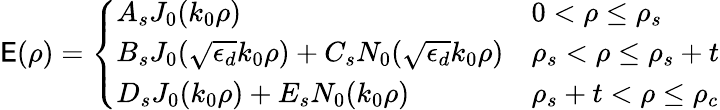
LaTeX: \mathsf{E}(\rho)=\left\{ \begin{array}{ll}{A_{s}J_{0}(k_{0}\rho)}&{0<\rho\leq\rho_{s}}\\ {B_{s}J_{0}(\sqrt{\epsilon_{d}}k_{0}\rho)+C_{s}N_{0}(\sqrt{\epsilon_{d}}k_{0}\rho)}&{\rho_{s}<\rho\leq\rho_{s}+t}\\ {D_{s}J_{0}(k_{0}\rho)+E_{s}N_{0}(k_{0}\rho)}&{\rho_{s}+t<\rho\leq\rho_{c}}\end{array}\right.